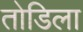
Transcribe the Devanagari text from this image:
तोडिला